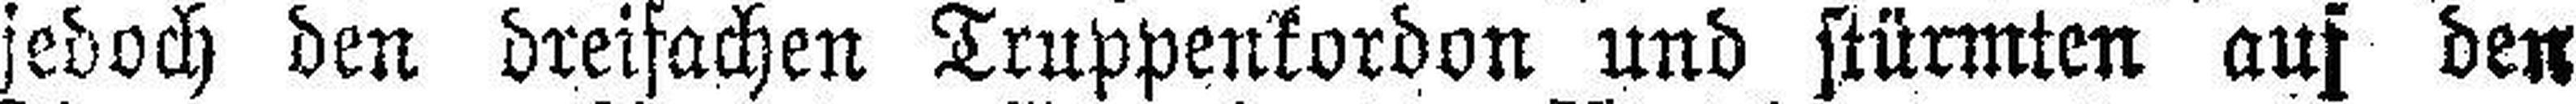
jedoch den dreifachen Truppenkordon und stürmten aus den